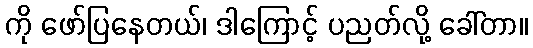
ကို ဖော်ပြနေတယ်၊ ဒါကြောင့် ပညတ်လို့ ခေါ်တာ။